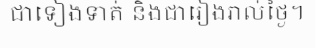
ជាទៀងទាត់ និងជារៀងរាល់ថ្ងៃ។